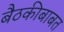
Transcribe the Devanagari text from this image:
बैठकीबाबत